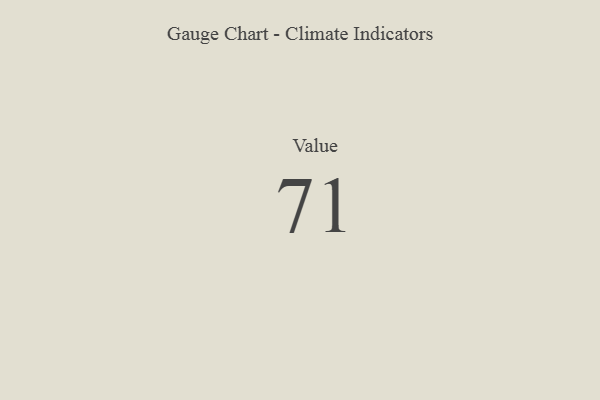
{"axis": {"x": "Metric", "y": "Value"}, "legend": [""], "data": [{"x": "Value", "y": 71, "type": ""}]}